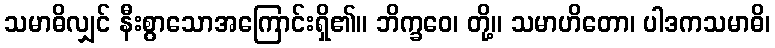
သမာဓိလျှင် နီးစွာသောအကြောင်းရှိ၏။ ဘိက္ခဝေ၊ တို့။ သမာဟိတော၊ ပါဒကသမာဓိ၊